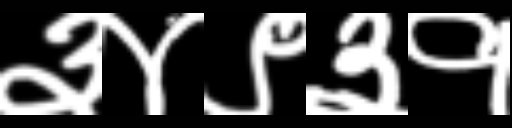
Text: ३४९३१